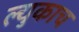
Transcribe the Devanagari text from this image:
ल्युकाच